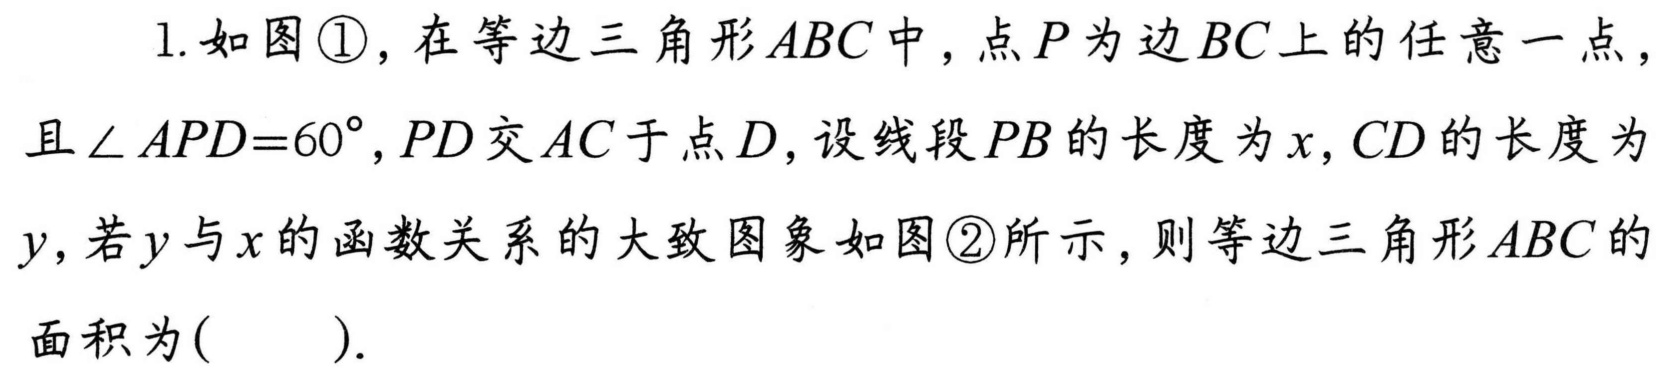
1. 如图\textcircled{1}，在等边三角形\(ABC\)中，点\(P\)为边\(BC\)上的任意一点，且\(\angle APD = 60^{\circ}\)，\(PD\)交\(AC\)于点\(D\)，设线段\(PB\)的长度为\(x\)，\(CD\)的长度为\(y\)，若\(y\)与\(x\)的函数关系的大致图象如图\textcircled{2}所示，则等边三角形\(ABC\)的面积为( ).